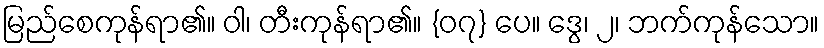
မြည်စေကုန်ရာ၏။ ဝါ၊ တီးကုန်ရာ၏။ {၀၇} ပေ။ ဒွေ၊ ၂၊ ဘက်ကုန်သော။